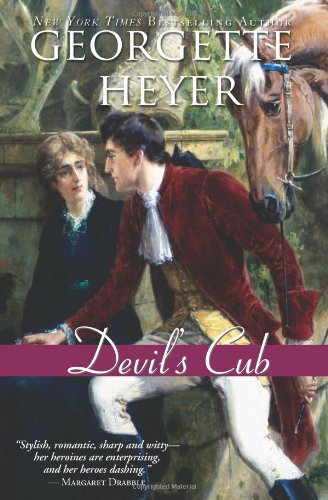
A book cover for Devil's Cub (Historical Romances); Georgette Heyer; Romance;